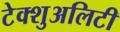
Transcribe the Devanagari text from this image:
टेक्शुअलिटी